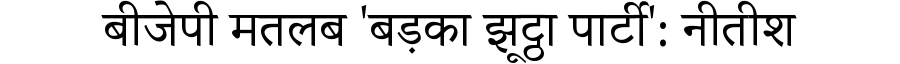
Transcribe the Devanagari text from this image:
बीजेपी मतलब 'बड़का झूट्ठा पार्टी': नीतीश